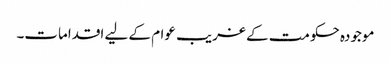
موجودہ حکومت کے غریب عوام کے لیے اقدامات۔